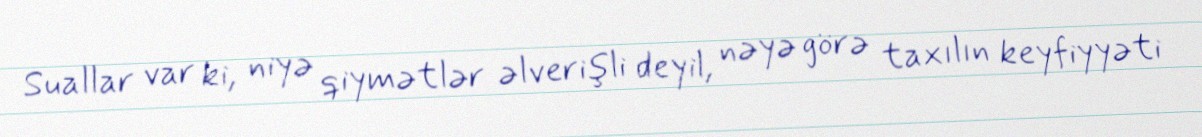
Suallar var ki, niyə qiymətlər əlverişli deyil, nəyə görə taxılın keyfiyyəti